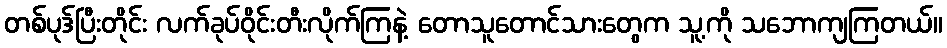
တစ်ပုဒ်ပြီးတိုင်း လက်ခုပ်ဝိုင်းတီးလိုက်ကြနဲ့ တောသူတောင်သားတွေက သူ့ကို သဘောကျကြတယ်။